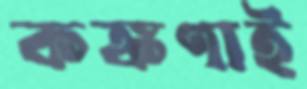
কঙ্কণাই